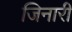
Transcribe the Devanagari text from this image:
जिनारी